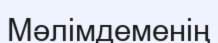
Мәлімдеменің